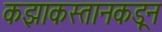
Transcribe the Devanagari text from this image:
कझाकस्तानकडून